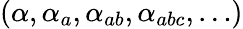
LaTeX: (\alpha,\alpha_{a},\alpha_{ab},\alpha_{abc},\ldots)